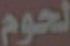
لحوم